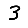
Digit: 3